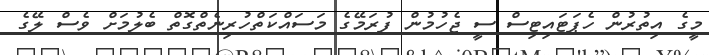
މީގެ އިތުރުން ހެޕަޓައިޓިސް ސީ ޖެހުމުން ފުރަމޭގެ މަސައްކަތްހުރިނެތްގޮތް ބެލުމަށް ވެސް ލޭގެ